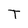
Character: T